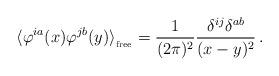
LaTeX: \begin{align*}\langle \varphi^{ia}(x) \varphi^{jb}(y)\rangle_{_{{\rm free}}} = \frac{1}{(2 \pi)^2} \frac{\delta^{ij}\delta^{ab}}{(x-y)^2} \, . \end{align*}